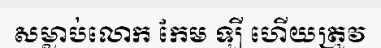
សម្លាប់លោក កែម ឡី ហើយត្រូវ